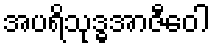
အပရိသုဒ္ဓအာဇီဝေါ